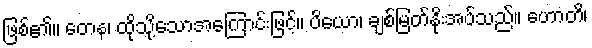
ဖြစ်၏။ တေန၊ ထိုသို့သောအကြောင်းဖြင့်။ ပိယော၊ ချစ်မြတ်နိုးအပ်သည်။ ဟောတိ၊